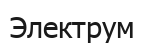
Электрум